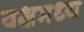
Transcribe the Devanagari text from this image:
वक्षमध्य